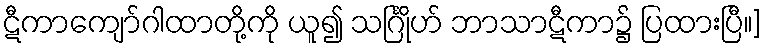
ဋီကာကျော်ဂါထာတို့ကို ယူ၍ သင်္ဂြိုဟ် ဘာသာဋီကာ၌ ပြထားပြီ။]